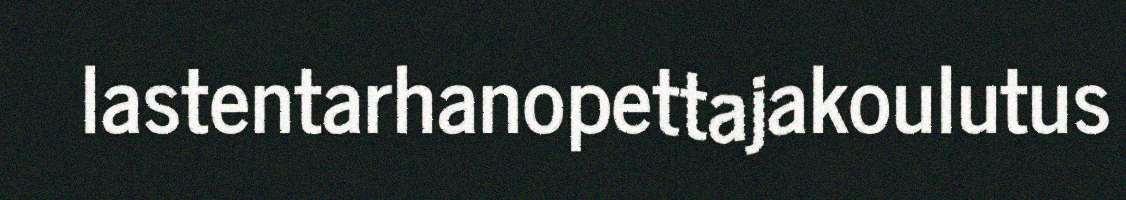
lastentarhanopettajakoulutus